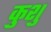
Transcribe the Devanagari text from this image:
कुशु